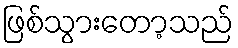
ဖြစ်သွားတော့သည်